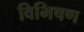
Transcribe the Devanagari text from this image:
विभिषण